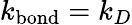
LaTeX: k_{\mathrm{bond}}=k_{D}